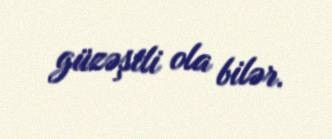
güzəştli ola bilər.